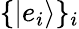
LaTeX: \{ |e_{i}\rangle\} _{i}